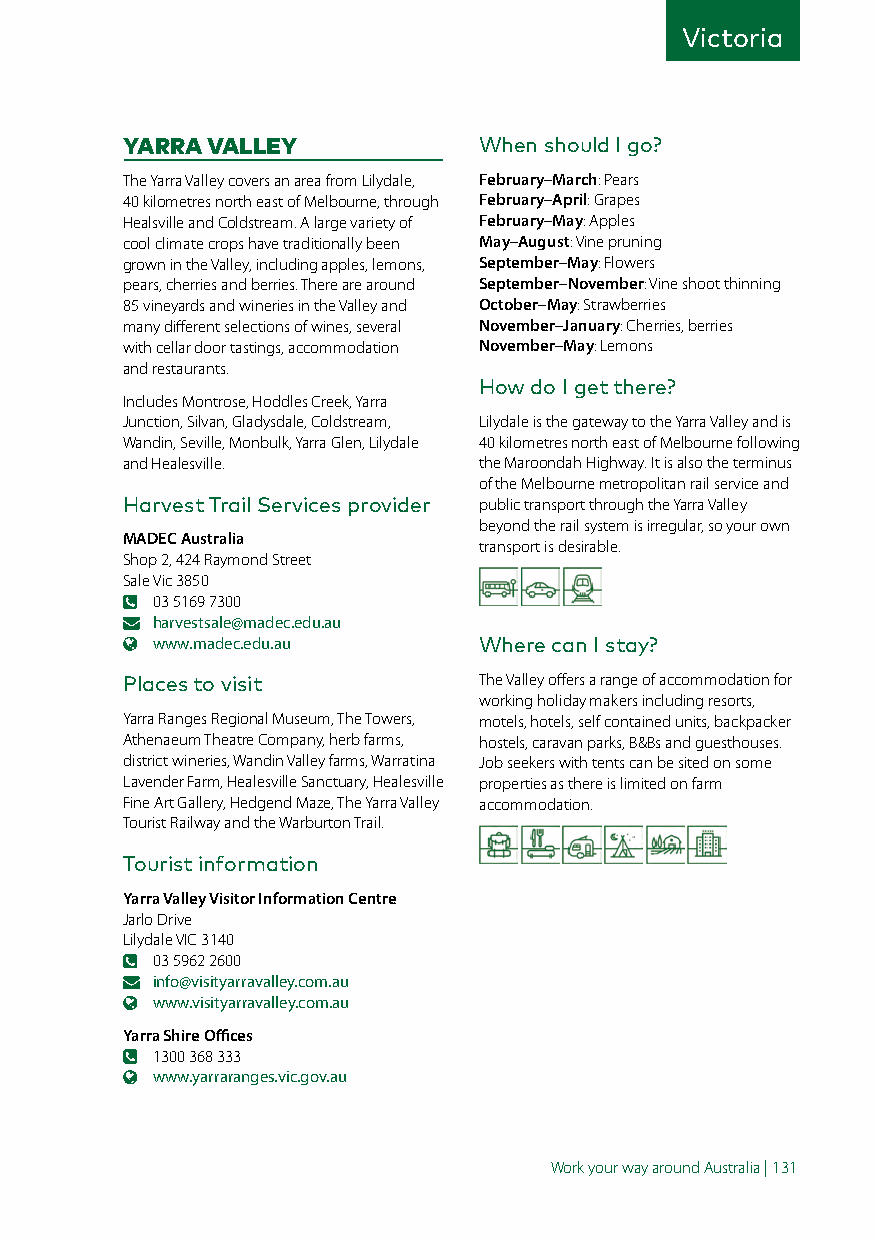
Victoria
 YARRA VALLEY            When should I go?
 The Yarra Valley covers an area from Lilydale, February–March: Pears
 40 kilometres north east of Melbourne, through February–April: Grapes
 Healsville and Coldstream. A large variety of February–May: Apples
 cool climate crops have traditionally been May–August: Vine pruning
 grown in the Valley, including apples, lemons, September–May: Flowers
 pears, cherries and berries. There are around September–November: Vine shoot thinning
 85 vineyards and wineries in the Valley and October–May: Strawberries
 many different selections of wines, several November–January: Cherries, berries
 with cellar door tastings, accommodation November–May: Lemons
 and restaurants.
 How do I get there?
 Includes Montrose, Hoddles Creek, Yarra
 Junction, Silvan, Gladysdale, Coldstream, Lilydale is the gateway to the Yarra Valley and is
 Wandin, Seville, Monbulk, Yarra Glen, Lilydale 40 kilometres north east of Melbourne following
 and Healesville.        the Maroondah Highway. It is also the terminus
 of the Melbourne metropolitan rail service and
 Harvest Trail Services provider public transport through the Yarra Valley
 beyond the rail system is irregular, so your own
 MADEC Australia
 transport is desirable.
 Shop 2, 424 Raymond Street
 Sale Vic 3850
 03 5169 7300
 harvestsale@madec.edu.au
 www.madec.edu.au      Where can I stay?
 Places to visit         The Valley offers a range of accommodation for
 working holiday makers including resorts,
 Yarra Ranges Regional Museum, The Towers, motels, hotels, self contained units, backpacker
 Athenaeum Theatre Company, herb farms, hostels, caravan parks, B&Bs and guesthouses.
 district wineries, Wandin Valley farms, Warratina Job seekers with tents can be sited on some
 Lavender Farm, Healesville Sanctuary, Healesville properties as there is limited on farm
 Fine Art Gallery, Hedgend Maze, The Yarra Valley accommodation.
 Tourist Railway and the Warburton Trail.
 Tourist information
 Yarra Valley Visitor Information Centre
 Jarlo Drive
 Lilydale VIC 3140
 03 5962 2600
 info@visityarravalley.com.au
 www.visityarravalley.com.au
 Yarra Shire Offices
 1300 368 333
 www.yarraranges.vic.gov.au
 Work your way around Australia | 131